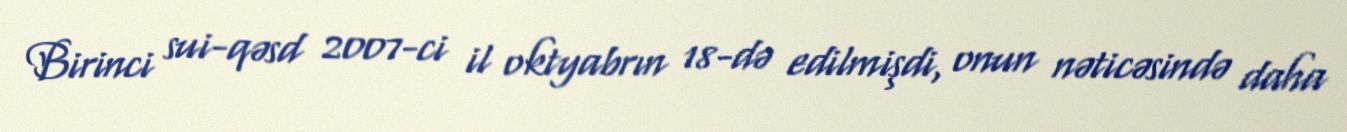
Birinci sui-qəsd 2007-ci il oktyabrın 18-də edilmişdi, onun nəticəsində daha